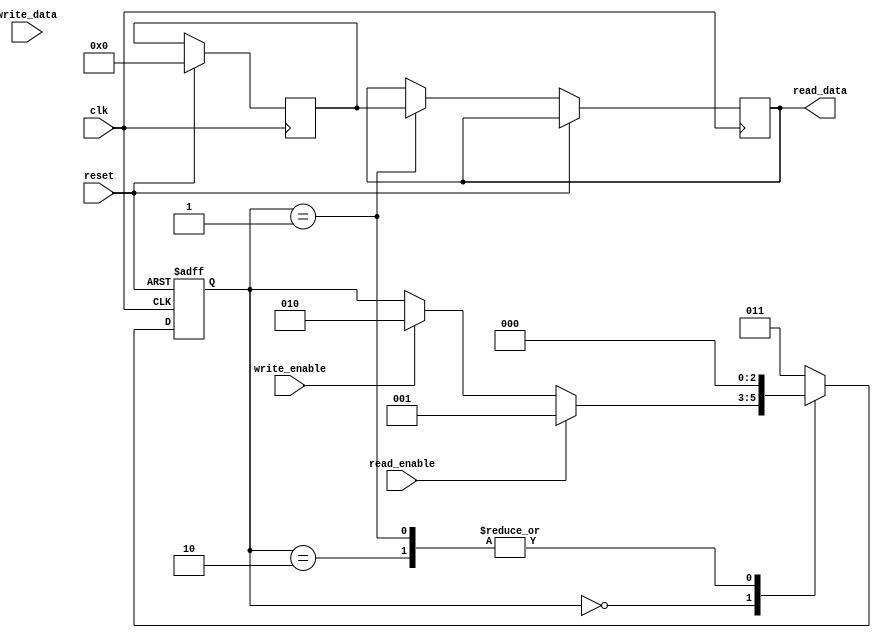
module memory_controller(
   input wire clk,
   input wire reset,
   input wire read_enable,
   input wire write_enable,
   input wire [7:0] write_data,
   output reg [7:0] read_data
);

// State machine to control flow of operations
reg [2:0] state;
parameter IDLE = 3'd0;
parameter READ = 3'd1;
parameter WRITE = 3'd2;
parameter ERROR = 3'd3;

// Address decoding logic
reg [7:0] memory_address;
parameter MEM_ADDR1 = 8'hFF;

// Data buffers
reg [7:0] read_buffer;
reg [7:0] write_buffer;

// Error checking and correction mechanisms
reg data_error;

// State machine logic
always @(posedge clk, posedge reset)
begin
   if (reset)
      state <= IDLE;
   else
   begin
      case(state)
         IDLE:
         begin
            if (read_enable)
               state <= READ;
            else if (write_enable)
               state <= WRITE;
         end
         READ:
         begin
            state <= IDLE;
         end
         WRITE:
         begin
            state <= IDLE;
         end
         default:
            state <= ERROR;
      endcase
   end
end

// Address decoding logic
always @(posedge clk)
begin
   if (reset)
      memory_address <= 8'b0;
   else if (state == WRITE)
      memory_address <= write_data;
end

// Data buffers logic
always @(posedge clk)
begin
   if (reset)
      begin
         read_buffer <= 8'b0;
         write_buffer <= 8'b0;
      end
   else
   begin
      if (state == READ)
         read_data <= read_buffer;
      else if (state == WRITE)
         write_buffer <= write_data;
   end
end

// Error checking and correction mechanism
always @(posedge clk)
begin
   if (reset)
      data_error <= 0;
   else
   begin
      // Implement error checking and correction logic here
   end
end

endmodule